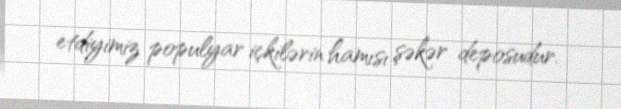
etdiyimiz populyar içkilərin hamısı şəkər deposudur.